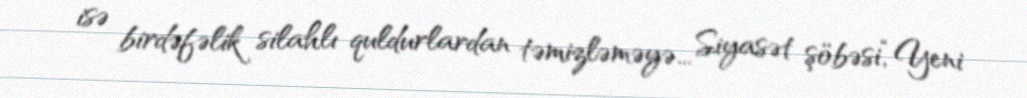
isə birdəfəlik silahlı quldurlardan təmizləməyə... Siyasət şöbəsi,“Yeni